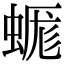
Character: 𧎞